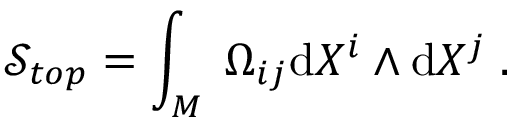
\mathcal { S } _ { t o p } = \int _ { M } \; \Omega _ { i j } \mathrm { d } X ^ { i } \wedge \mathrm { d } X ^ { j } \; .